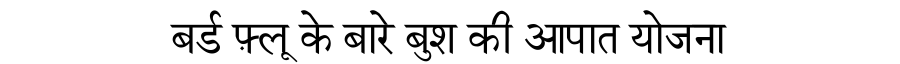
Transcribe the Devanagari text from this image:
बर्ड फ़्लू के बारे बुश की आपात योजना